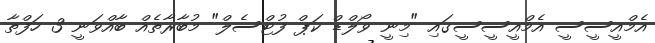
އެމްއީސީސީ އެމްއީސީސީގައި "މިނީ ވޯލްޑް ކަޕް ފުޓްސެލް" މުބާރާތެއް ބާއްވަނީ 3 ހަފްތާ